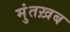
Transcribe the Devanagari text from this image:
मुंतख़ब